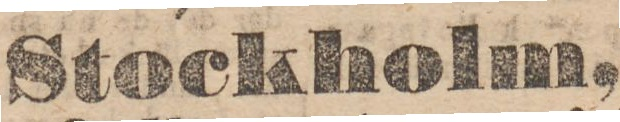
Stockholm,